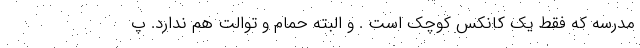
مدرسه که فقط یک کانکس کوچک است . و البته حمام و توالت هم ندارد. پ